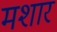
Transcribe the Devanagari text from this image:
मशार